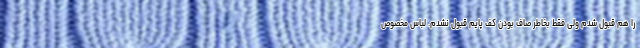
را هم قبول شدم ولی فقط بخاطر صاف بودن کف پایم قبول نشدم. لباس مخصوص